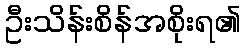
ဦးသိန်းစိန်အစိုးရ၏